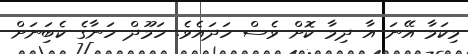
މިކަމާ އޭނަ އާ ދިމާ ކޮށް ވެސް ހަދައެވެ. ހަމޫދް ހަނާގެ ކެބިަނަށް